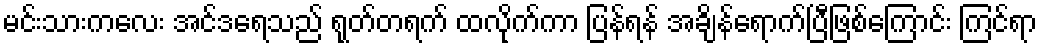
မင်းသားကလေး အင်ဒရေသည် ရုတ်တရက် ထလိုက်ကာ ပြန်ရန် အချိန်ရောက်ပြီဖြစ်ကြောင်း ကြင်ရာ